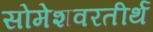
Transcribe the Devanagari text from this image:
सोमेशवरतीर्थ